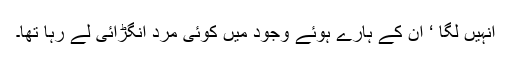
انہیں لگا ‘ ان کے ہارے ہوئے وجود میں کوئی مرد انگڑائی لے رہا تھا۔